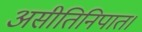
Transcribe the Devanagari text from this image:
असीतिनिपात।